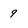
Character: 9